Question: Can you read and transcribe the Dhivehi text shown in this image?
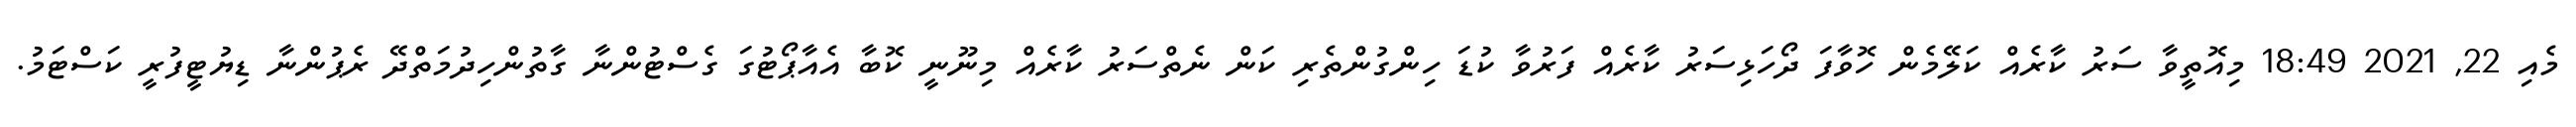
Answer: މެއި 22, 2021 18:49 މިއޮތީވާ ސަރު ކާރެއް ކަލޭމެން ހޮވާފަ ދޯހަޅިސަރު ކާރެއް ފަރުވާ ކުޑަ ހިންގުންތެރި ކަން ނެތްސަރު ކާރެއް މިނޫނީ ކޮބާ އެއާޕޯޓުގަ ގެސްޓުންނާ ގާތުންހިދުމަތްދޭ ރެޕުންނާ ޑިޔުޓީފުރީ ކަސްޓަމު.